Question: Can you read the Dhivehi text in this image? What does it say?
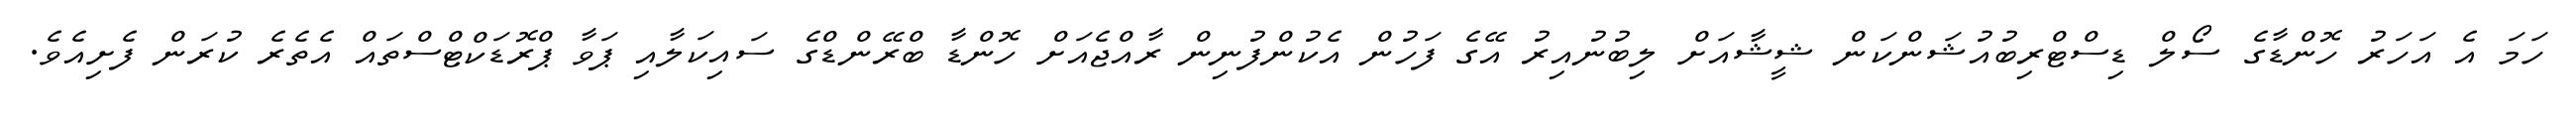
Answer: ހަމަ އެ އަހަރު ހޮންޑާގެ ސޯލް ޑިސްޓްރިބުއުޝަންކަން ޝީޝާއަށް ލިބުނުއިރު އޭގެ ފަހުން އެކުންފުނިން ރާއްޖެއަށް ހޮންޑާ ބްރޭންޑްގެ ސައިކަލާއި ޕަވާ ޕްރޮޑަކްޓްސްތައް އެތެރެ ކުރަން ފެށިއެވެ.